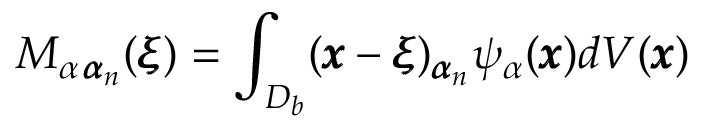
M _ { \alpha \, { \pmb \alpha } _ { n } } ( { \pmb \xi } ) = \int _ { { D _ { b } } } ( { \pmb x } - { \pmb \xi } ) _ { { \pmb \alpha } _ { n } } \psi _ { \alpha } ( { \pmb x } ) d V ( { \pmb x } )